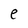
Character: e